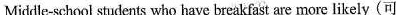
Middle-school students who have breakfast are more likely (可